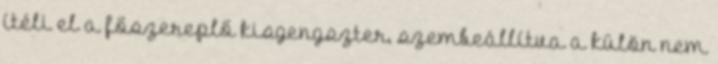
ítéli el a főszereplő kisgengszter, szembeállítva a külön nem